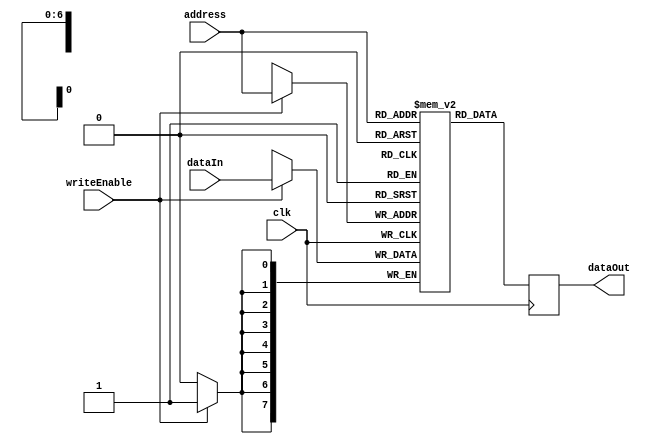
//------------------------------------------------------------------------
// Data Memory
//   Positive edge triggered
//   dataOut always has the value mem[address]
//   If writeEnable is true, writes dataIn to mem[address]
//------------------------------------------------------------------------

module datamemory
#(
    parameter addresswidth  = 7,
    parameter depth         = 2**addresswidth,
    parameter width         = 8
)
(
    input 		                clk,
    output reg [width-1:0]      dataOut,
    input [addresswidth-1:0]    address,
    input                       writeEnable,
    input [width-1:0]           dataIn
);

    reg [width-1:0] memory [depth-1:0];

    always @(posedge clk) begin
        if(writeEnable)
            memory[address] <= dataIn;
        dataOut <= memory[address];
    end

endmodule

module testDM();

    reg clk, wr_en;
    wire [7:0] dOut;
    reg [7:0] dIn;
    reg [6:0] addr;

    datamemory DM(clk, dOut, addr, wr_en, dIn);

    always begin
        #5 clk = !clk;
    end

    initial begin
        clk = 0; #10 wr_en=1; addr=7'd20; dIn=8'd104; #10
        $display("dIn: %b | addr: %b | wr_en: %b | dOut: %b", DM.dataIn, DM.address, DM.writeEnable, DM.memory[DM.address]);
        wr_en=1; addr=7'd40; dIn=8'd52; #10
        $display("dIn: %b | addr: %b | wr_en: %b | dOut: %b", DM.dataIn, DM.address, DM.writeEnable, DM.memory[DM.address]);
        wr_en=0; addr=7'd20; #10
        $display("dIn: %b | addr: %b | wr_en: %b | dOut: %b", DM.dataIn, DM.address, DM.writeEnable, DM.memory[DM.address]); 
        wr_en=0; addr=7'd40; #10
        $display("dIn: %b | addr: %b | wr_en: %b | dOut: %b", DM.dataIn, DM.address, DM.writeEnable, DM.memory[DM.address]); 
        $finish;
    end

endmodule